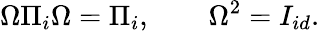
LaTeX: \Omega\Pi_{i}\Omega=\Pi_{i},\qquad\Omega^{2}=I_{id}.